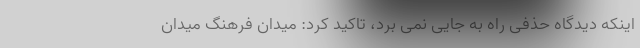
اینکه دیدگاه حذفی راه به جایی نمی برد، تاکید کرد: میدان فرهنگ میدان